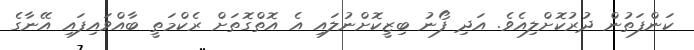
ކަންފަތުން ދުރުކޮށްލިއެވެ. އަދި ފޯނު ބިޒީކޮށްނުލައި އެ އޮތްގޮތަށް ރެކްމަތީ ބާއްވައިފައި އޭނާގެ